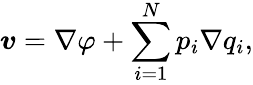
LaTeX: \boldsymbol{v}=\nabla\varphi+\sum_{i=1}^{N}p_{i}\nabla q_{i},